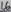
Text: 16